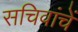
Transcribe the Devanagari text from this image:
सचिवांचें